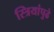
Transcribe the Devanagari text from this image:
स्त्रियांपुढे